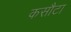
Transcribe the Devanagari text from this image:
कसौटा